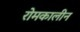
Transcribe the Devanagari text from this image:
रोमकालीन